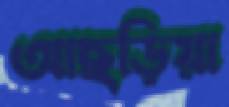
আছড়িয়া